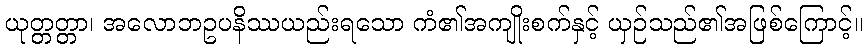
ယုတ္တတ္တာ၊ အလောဘဥပနိဿယည်းရသော ကံ၏အကျိုးစက်နှင့် ယှဉ်သည်၏အဖြစ်ကြောင့်။